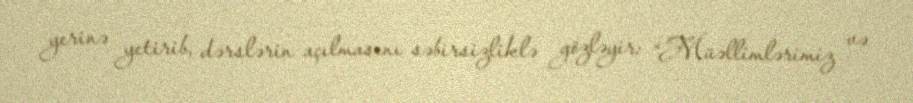
yerinə yetirib, dərslərin açılmasını səbirsizliklə gözləyir: “Müəllimlərimiz və